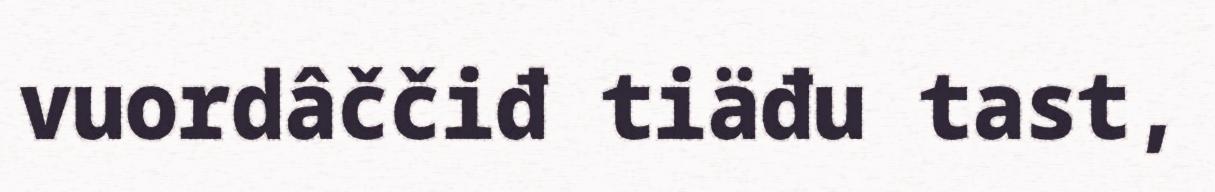
vuordâččiđ tiäđu tast,